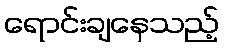
ရောင်းချနေသည့်